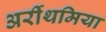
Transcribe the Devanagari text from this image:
अर्रीथमिया